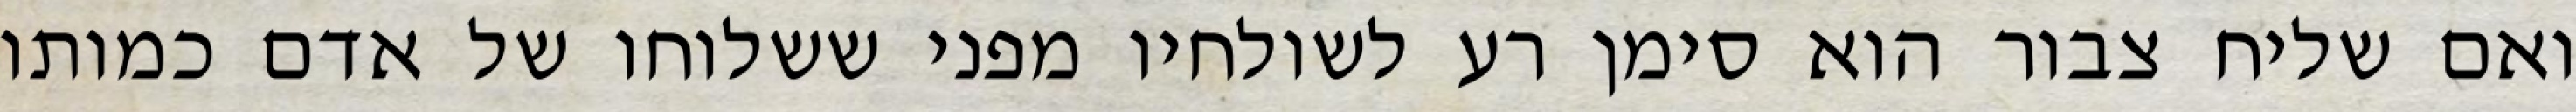
ואם שליח צבור הוא סימן רע לשולחיו מפני ששלוחו של אדם כמותו